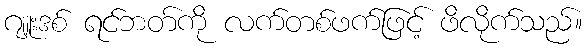
ဂျူးဒစ် ရင်ဘတ်ကို လက်တစ်ဖက်ဖြင့် ဖိလိုက်သည်။